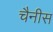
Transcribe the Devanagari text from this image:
चैनीस